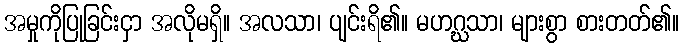
အမှုကိုပြုခြင်းငှာ အလိုမရှိ။ အလသာ၊ ပျင်းရိ၏။ မဟဂ္ဃသာ၊ များစွာ စားတတ်၏။